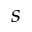
s